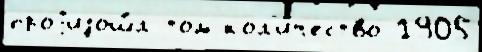
проjизош́л том кол'и́чество 1905